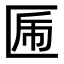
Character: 𠥃